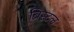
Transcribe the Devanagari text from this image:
ब्रिस्‍टल